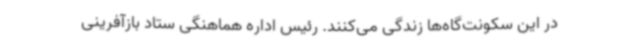
در این سکونت‌گاه‌ها زندگی می‌کنند. رئیس اداره هماهنگی ستاد بازآفرینی